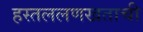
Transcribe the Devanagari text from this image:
हस्तललणखताची